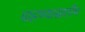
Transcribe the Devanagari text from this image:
पाहण्यासाठीच